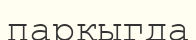
паркыгда